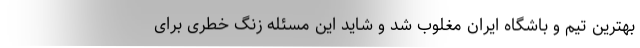
بهترین تیم و باشگاه ایران مغلوب شد و شاید این مسئله زنگ خطری برای